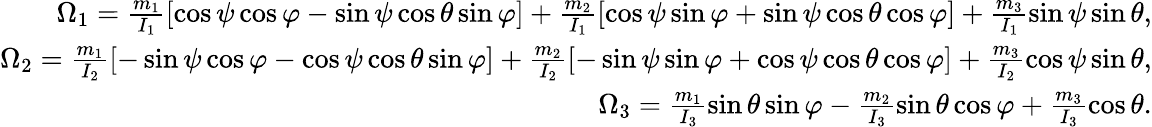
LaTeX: \begin{array}{r}{\Omega_{1}=\frac{m_{1}}{I_{1}}[\cos\psi\cos\varphi-\sin\psi\cos\theta\sin\varphi]+\frac{m_{2}}{I_{1}}[\cos\psi\sin\varphi+\sin\psi\cos\theta\cos\varphi]+\frac{m_{3}}{I_{1}}\sin\psi\sin\theta,}\\ {\Omega_{2}=\frac{m_{1}}{I_{2}}[-\sin\psi\cos\varphi-\cos\psi\cos\theta\sin\varphi]+\frac{m_{2}}{I_{2}}[-\sin\psi\sin\varphi+\cos\psi\cos\theta\cos\varphi]+\frac{m_{3}}{I_{2}}\cos\psi\sin\theta,}\\ {\Omega_{3}=\frac{m_{1}}{I_{3}}\sin\theta\sin\varphi-\frac{m_{2}}{I_{3}}\sin\theta\cos\varphi+\frac{m_{3}}{I_{3}}\cos\theta.}\end{array}